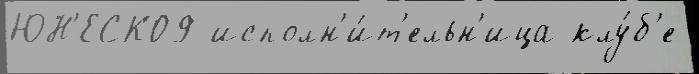
ЮН'ЕСКО9 исполн'и́т'ельн'ица клу́б'е